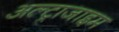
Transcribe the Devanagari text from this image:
अल्ट्राजाइम